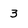
Character: 3